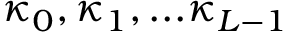
\kappa _ { 0 } , \kappa _ { 1 } , . . . \kappa _ { L - 1 }